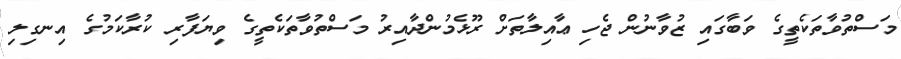
މަސްތުވާތަކެތީގެ ވަބާގައި ޒުވާނުން ޖެހި ޢާއިލާތަށް ރޫޅެމުންދާއިރު މަސްތުވާތަކެތީގެ ވިޔަފާރި ކުރާކަމުގެ އިނގިލި